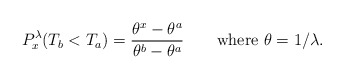
\begin{align*}P^\lambda_x (T_b < T_a ) =\frac{\theta^x - \theta^a}{\theta^b -\theta^a} \qquad\mbox{where }\theta= 1/\lambda. \end{align*}